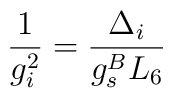
\frac{1}{g_i^2} = \frac{\Delta_i}{g_s^B L_6}